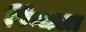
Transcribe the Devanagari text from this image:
फिंचला